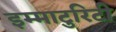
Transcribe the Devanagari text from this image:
इम्माटुरिटी